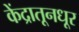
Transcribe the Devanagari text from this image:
केंद्रातूनधूर